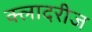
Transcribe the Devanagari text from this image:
क्लादरीज